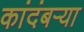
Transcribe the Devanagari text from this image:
कांदंबर्‍या